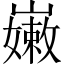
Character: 𡽫